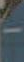
-